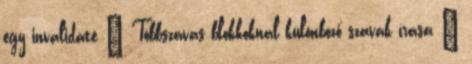
egy invalidate ● Többszavas blokkoknál különböző szavak írása –